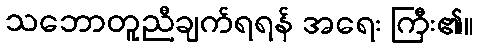
သဘောတူညီချက်ရရန် အရေး ကြီး၏။